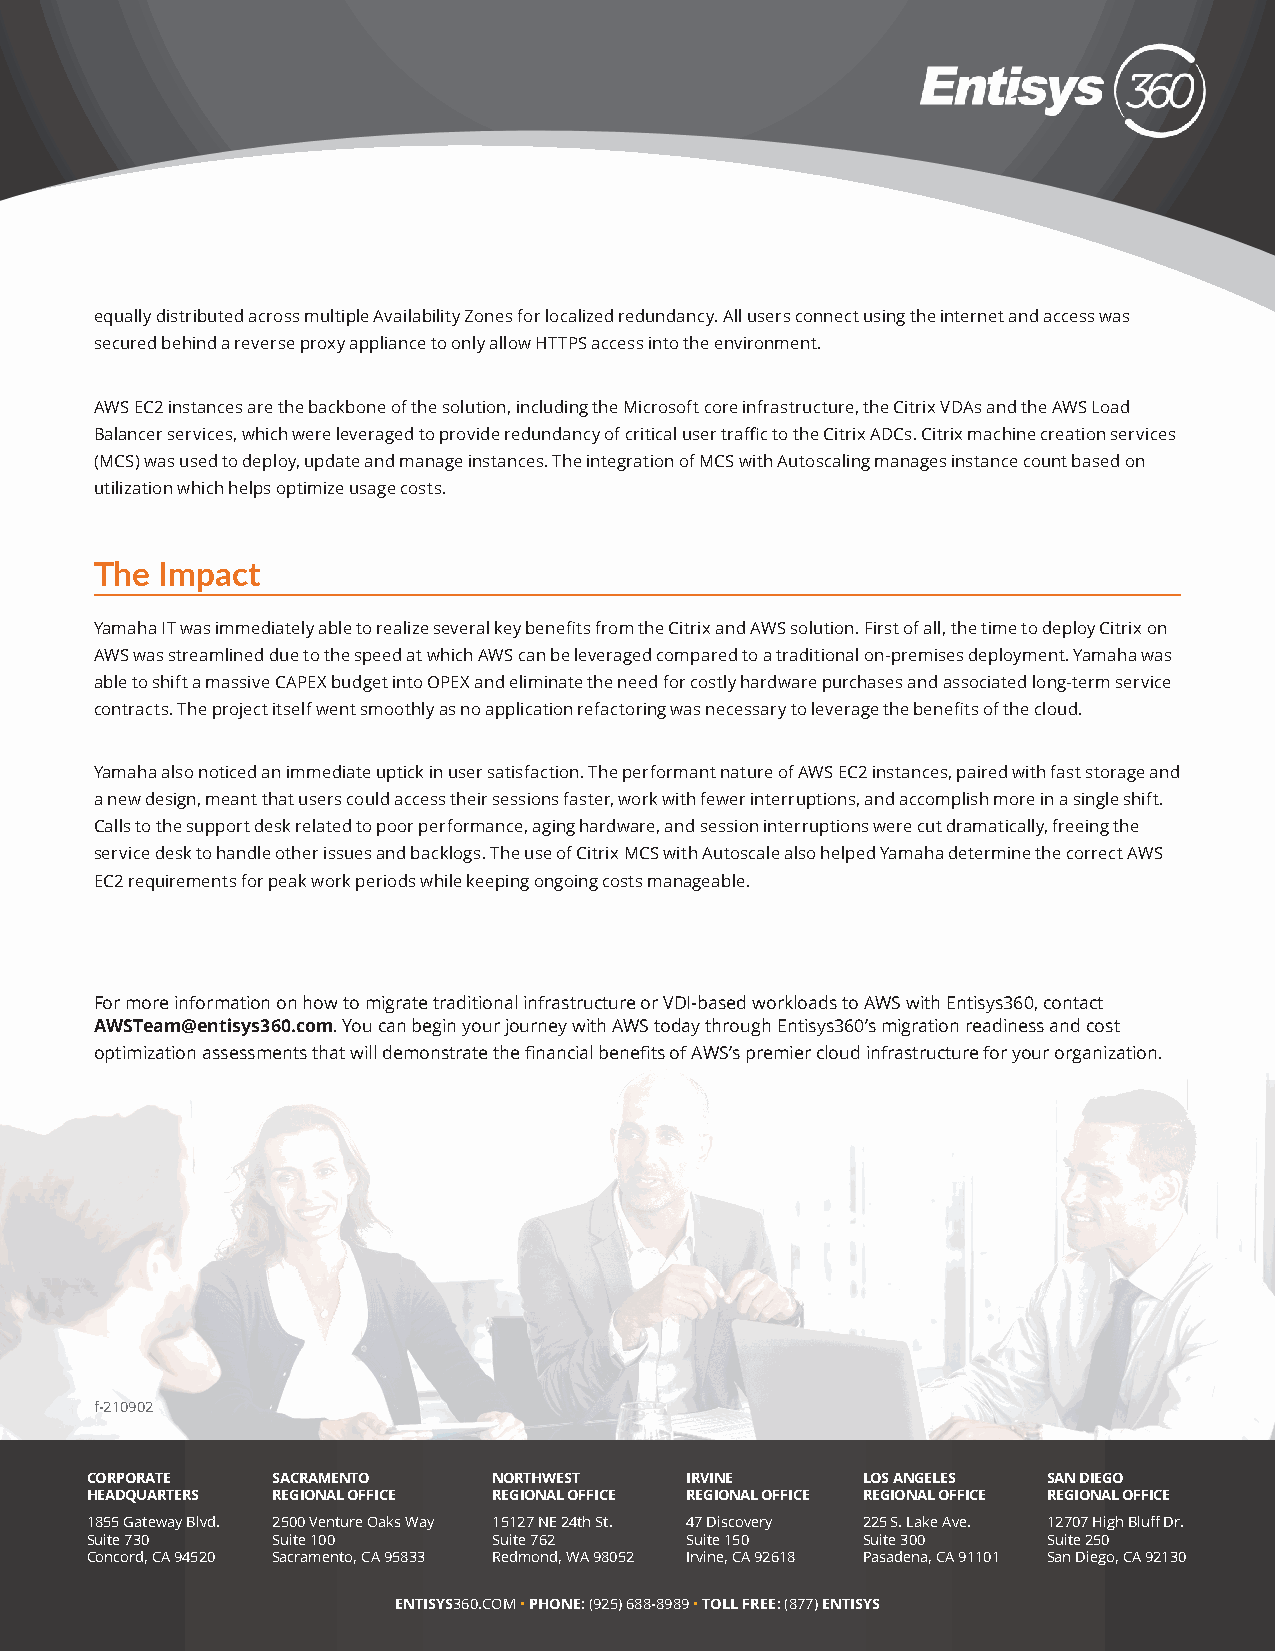
equally distributed across multiple Availability Zones for localized redundancy. All users connect using the internet and access was
 secured behind a reverse proxy appliance to only allow HTTPS access into the environment.
 AWS EC2 instances are the backbone of the solution, including the Microsoft core infrastructure, the Citrix VDAs and the AWS Load
 Balancer services, which were leveraged to provide redundancy of critical user traffic to the Citrix ADCs. Citrix machine creation services
 (MCS) was used to deploy, update and manage instances. The integration of MCS with Autoscaling manages instance count based on
 utilization which helps optimize usage costs.
 The Impact
 Yamaha IT was immediately able to realize several key benefits from the Citrix and AWS solution. First of all, the time to deploy Citrix on
 AWS was streamlined due to the speed at which AWS can be leveraged compared to a traditional on-premises deployment. Yamaha was
 able to shift a massive CAPEX budget into OPEX and eliminate the need for costly hardware purchases and associated long-term service
 contracts. The project itself went smoothly as no application refactoring was necessary to leverage the benefits of the cloud.
 Yamaha also noticed an immediate uptick in user satisfaction. The performant nature of AWS EC2 instances, paired with fast storage and
 a new design, meant that users could access their sessions faster, work with fewer interruptions, and accomplish more in a single shift.
 Calls to the support desk related to poor performance, aging hardware, and session interruptions were cut dramatically, freeing the
 service desk to handle other issues and backlogs. The use of Citrix MCS with Autoscale also helped Yamaha determine the correct AWS
 EC2 requirements for peak work periods while keeping ongoing costs manageable.
 For more information on how to migrate traditional infrastructure or VDI-based workloads to AWS with Entisys360, contact
 AWSTeam@entisys360.com. You can begin your journey with AWS today through Entisys360’s migration readiness and cost
 optimization assessments that will demonstrate the financial benefits of AWS’s premier cloud infrastructure for your organization.
 f-210902
 CORPORATE   SACRAMENTO     NORTHWEST   IRVINE      LOS ANGELES SAN DIEGO
 HEADQUARTERS REGIONAL OFFICE REGIONAL OFFICE REGIONAL OFFICE REGIONAL OFFICE REGIONAL OFFICE
 1855 Gateway Blvd. 2500 Venture Oaks Way 15127 NE 24th St. 47 Discovery 225 S. Lake Ave. 12707 High Bluff Dr.
 Suite 730   Suite 100      Suite 762   Suite 150   Suite 300   Suite 250
 Concord, CA 94520 Sacramento, CA 95833 Redmond, WA 98052 Irvine, CA 92618 Pasadena, CA 91101 San Diego, CA 92130
 ENTISYS360.COM • PHONE: (925) 688-8989 • TOLL FREE: (877) ENTISYS